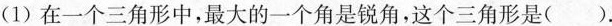
(1)在一个三角形中，最大的一个角是锐角，这个三角形是( )。